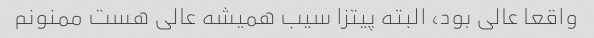
واقعا عالی بود، البته پیتزا سیب همیشه عالی هست ممنونم